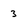
Character: 3